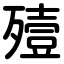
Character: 殪